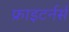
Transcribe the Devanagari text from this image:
फ्राइटर्नर्स